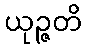
ယုဉ္ဇတိ